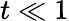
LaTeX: t\ll 1